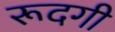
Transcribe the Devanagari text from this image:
रूदगी